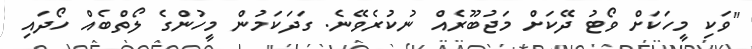
"ވަކި މީހަކަށް ވޯޓު ދޭކަށް މަޖުބޫރެއް ނުކުރެވޭނެ. ގަދަކަމުން މީހުންގެ ލޯތްބެއް ހޯދައި